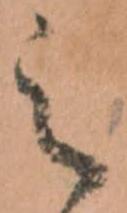
之